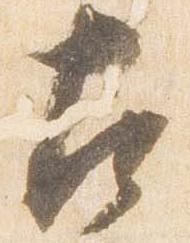
左